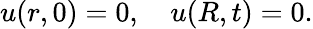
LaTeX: u(r,0)=0,\quad u(R,t)=0.